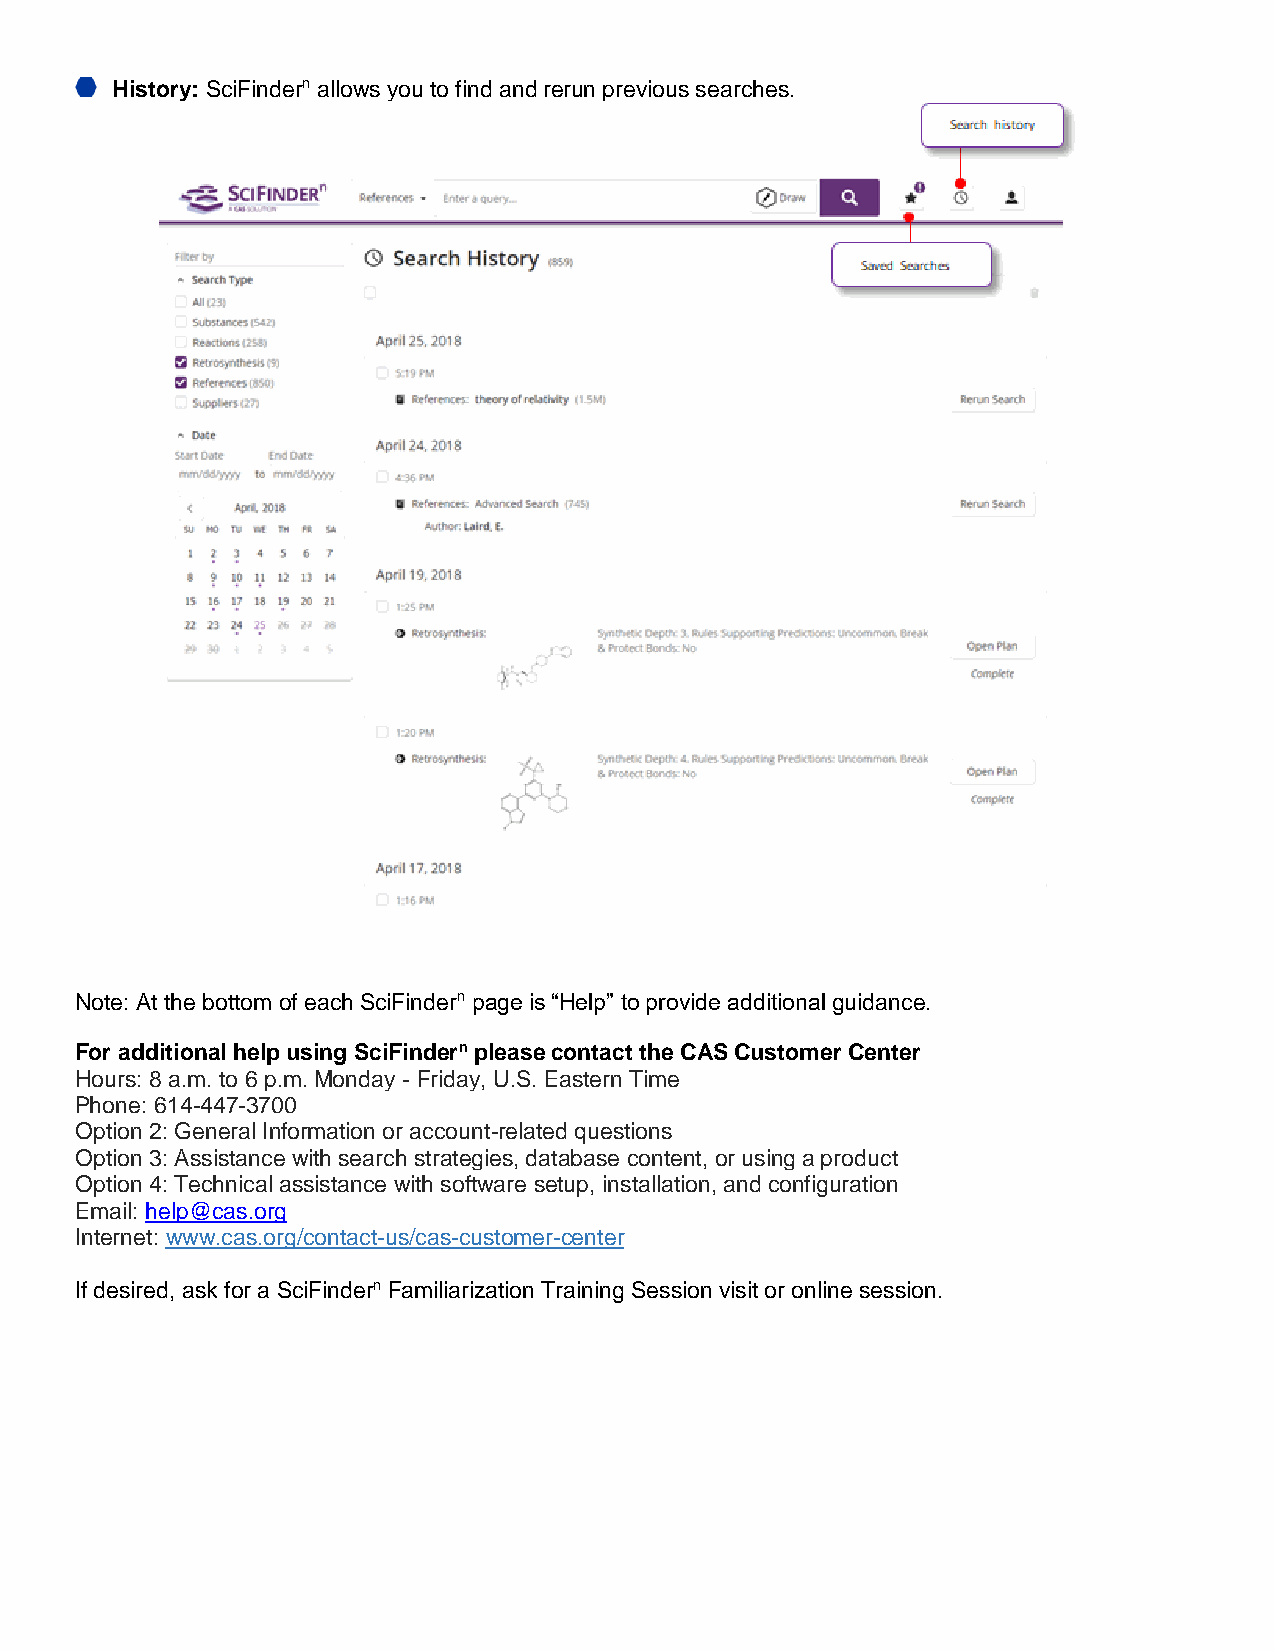
History: SciFindern allows you to find and rerun previous searches.
 Note: At the bottom of each SciFindern page is “Help” to provide additional guidance.
 For additional help using SciFindern please contact the CAS Customer Center
 Hours: 8 a.m. to 6 p.m. Monday - Friday, U.S. Eastern Time
 Phone: 614-447-3700
 Option 2: General Information or account-related questions
 Option 3: Assistance with search strategies, database content, or using a product
 Option 4: Technical assistance with software setup, installation, and configuration
 Email: help@cas.org
 Internet: www.cas.org/contact-us/cas-customer-center
 If desired, ask for a SciFindern Familiarization Training Session visit or online session.